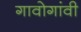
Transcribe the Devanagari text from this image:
गावोगांवी